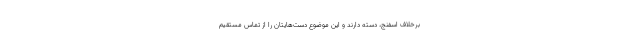
برخلاف اسفنج، دسته دارند و این موضوع دست‌هایتان را از تماس مستقیم